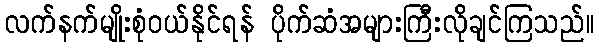
လက်နက်မျိုးစုံဝယ်နိုင်ရန် ပိုက်ဆံအများကြီးလိုချင်ကြသည်။